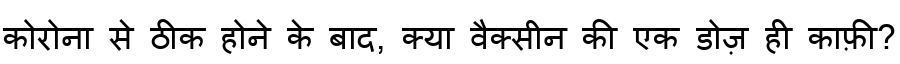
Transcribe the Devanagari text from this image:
कोरोना से ठीक होने के बाद, क्या वैक्सीन की एक डोज़ ही काफ़ी?